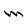
Character: m